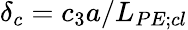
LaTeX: \delta_{c}=c_{3}a/L_{PE;cl}